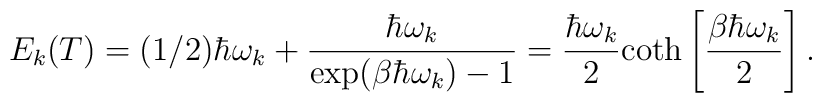
E_k (T) = (1/2)\hbar \omega_k + \frac{\hbar \omega_k}{\exp(\beta \hbar \omega_k) - 1} = \frac{\hbar \omega_k}{2}{\rm coth}\left[\frac{\beta \hbar \omega_k}{2}\right].